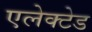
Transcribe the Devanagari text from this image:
एलेक्टेड